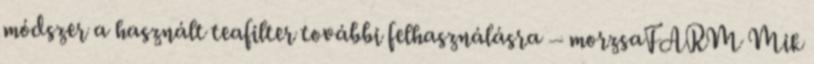
módszer a használt teafilter további felhasználásra – morzsaFARM Mik